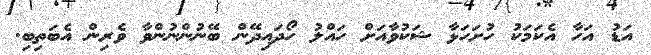
އަޑު އަހާ އެކަމަކު ހުށަހަޅާ ޝަކުވާއަށް ހައްލު ހޯދައިދޭން ބޭނުންނުންވާ ވެރިން އެބަތިބި.